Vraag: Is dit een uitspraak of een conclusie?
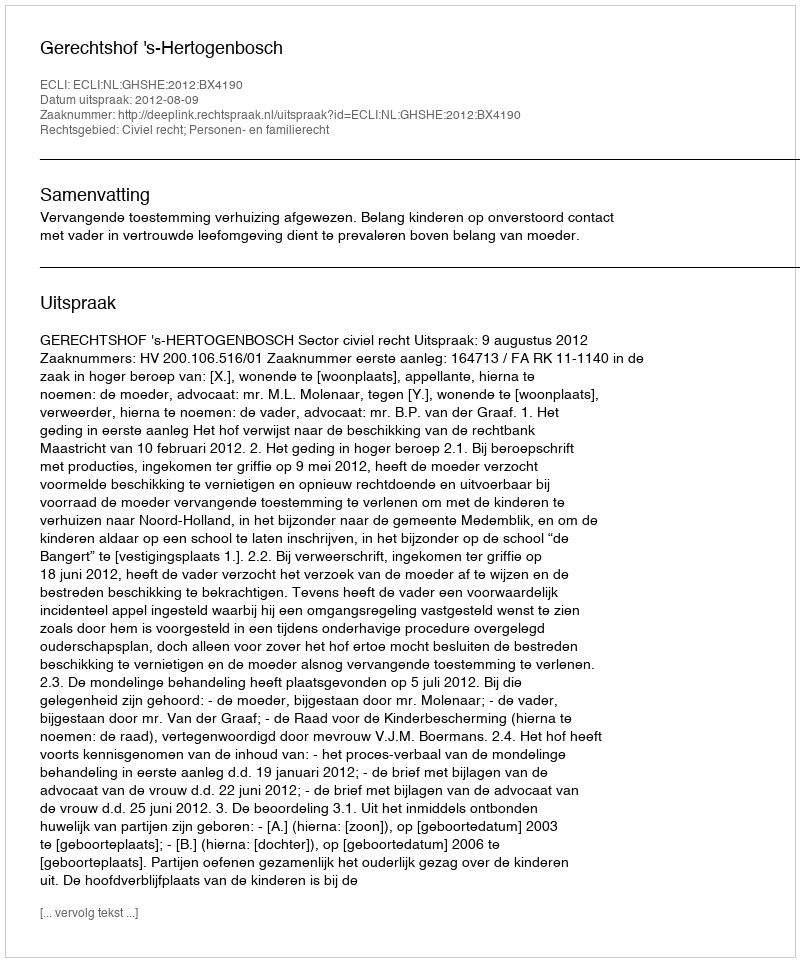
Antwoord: Uitspraak